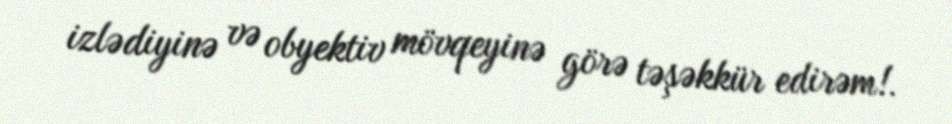
izlədiyinə və obyektiv mövqeyinə görə təşəkkür edirəm!.